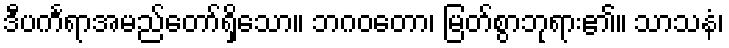
ဒီပင်္ကရာအမည်တော်ရှိသော။ ဘဂဝတော၊ မြတ်စွာဘုရား၏။ သာသနံ၊